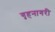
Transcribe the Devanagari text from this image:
गृहनागरी